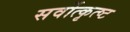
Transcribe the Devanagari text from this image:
सर्वोत्कृत्ष्ट